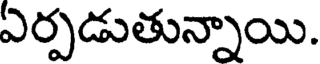
ఏర్పడుతున్నాయి.